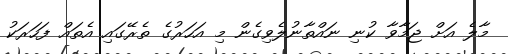
މާލެ އަށް ޖަމާވާ ކުނި ނައްތާނުލެވިގެން މި އަހަރުގެ ތެރޭގައި އެތައް ފަހަރަކު